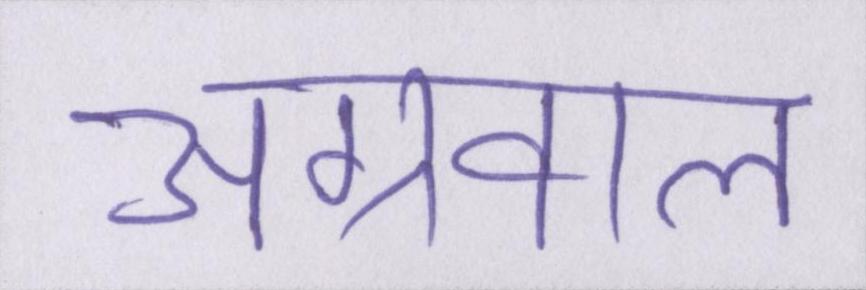
अग्रवाल